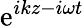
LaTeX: \mathrm{e}^{ikz-i\omega t}